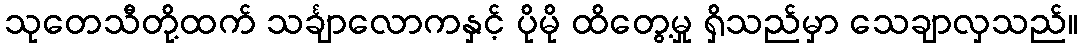
သုတေသီတို့ထက် သင်္ချာလောကနှင့် ပိုမို ထိတွေ့မှု ရှိသည်မှာ သေချာလှသည်။